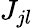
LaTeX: J_{jl}